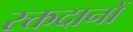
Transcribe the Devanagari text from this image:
रक्तदानों